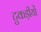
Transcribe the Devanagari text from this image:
टुकड़ीयों